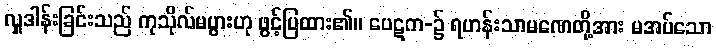
လှူဒါန်းခြင်းသည် ကုသိုလ်မပွားဟု ဖွင့်ပြထား၏။ ပေဋက-၌ ရဟန်းသာမဏေတို့အား မအပ်သော